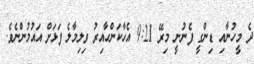
ދެ މީހުނާއި ޑިންގީ ފެނުނީ މިރޭ 9:21 އެހާކަންހާއިރު ވިލިމާލެ ފަޅަށް އައުމުންނެވެ.